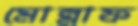
মোন্নাফ